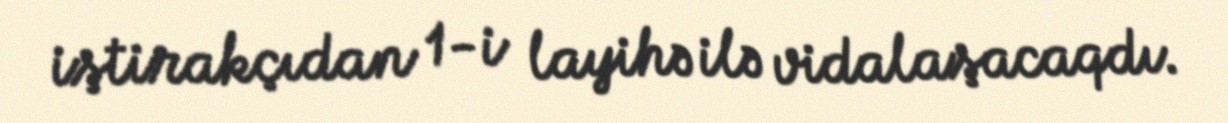
iştirakçıdan 1-i layihə ilə vidalaşacaqdı.